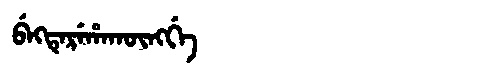
Manchu: ᠪᡝᡴᡨᡝᡵᡝᡥᠠᡴᡡᠩᡤᡝ
Romanization: BEKTEREHAKŪNGGE